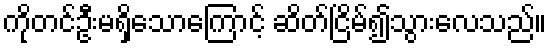
ကိုတင်ဦးမရှိသောကြောင့် ဆိတ်ငြိမ်၍သွားလေသည်။